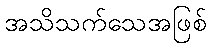
အသိသက်သေအဖြစ်